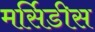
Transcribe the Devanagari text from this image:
मर्सिडीस